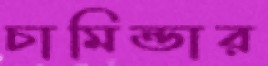
চামিন্ডার